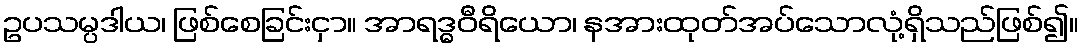
ဥပသမ္ပဒါယ၊ ဖြစ်စေခြင်းငှာ။ အာရဒ္ဓဝီရိယော၊ နအားထုတ်အပ်သောလုံ့ရှိသည်ဖြစ်၍။